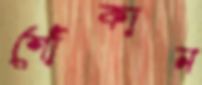
শোঁকান